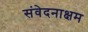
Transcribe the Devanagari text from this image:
संवेदनाक्षम